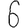
Digit: 6